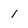
Character: 1